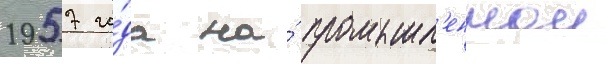
1957 го́да на́ промышл'еннои